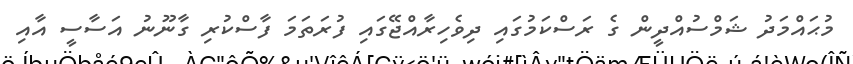
މުޙައްމަދު ޝަމްސުއްދީން ގެ ރަސްކަމުގައި ދިވެހިރާއްޖޭގައި ފުރަތަމަ ފާސްކުރި ގާނޫނު އަސާސީ އާއި